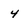
Character: 4